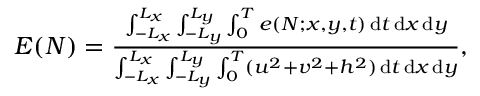
\begin{array} { r } { E ( N ) = \frac { \int _ { - L _ { x } } ^ { L _ { x } } \int _ { - L _ { y } } ^ { L _ { y } } \int _ { 0 } ^ { T } e ( N ; x , y , t ) \, \mathrm { d } t \, \mathrm { d } x \, \mathrm { d } y } { \int _ { - L _ { x } } ^ { L _ { x } } \int _ { - L _ { y } } ^ { L _ { y } } \int _ { 0 } ^ { T } ( u ^ { 2 } + v ^ { 2 } + h ^ { 2 } ) \, \mathrm { d } t \, \mathrm { d } x \, \mathrm { d } y } , } \end{array}